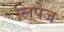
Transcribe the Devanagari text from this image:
लिपेज